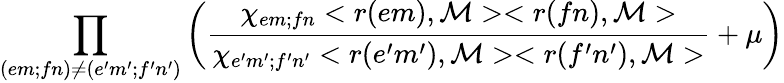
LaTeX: \prod_{(em;fn)\neq(e^{\prime}m^{\prime};f^{\prime}n^{\prime})}\left(\frac{\chi_{em;fn}<r(em),\mathcal M><r(fn),\mathcal M>}{\chi_{e^{\prime}m^{\prime};f^{\prime}n^{\prime}}<r(e^{\prime}m^{\prime}),\mathcal M><r(f^{\prime}n^{\prime}),\mathcal M>}+\mu\right)